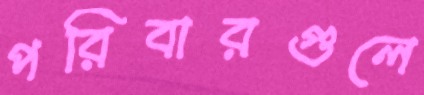
পরিবারগুলে